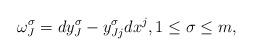
LaTeX: \begin{gather*}\omega^\sigma_J = dy^\sigma_J - y^\sigma_{Jj} dx^j , 1 \leq \sigma \leq m ,\end{gather*}